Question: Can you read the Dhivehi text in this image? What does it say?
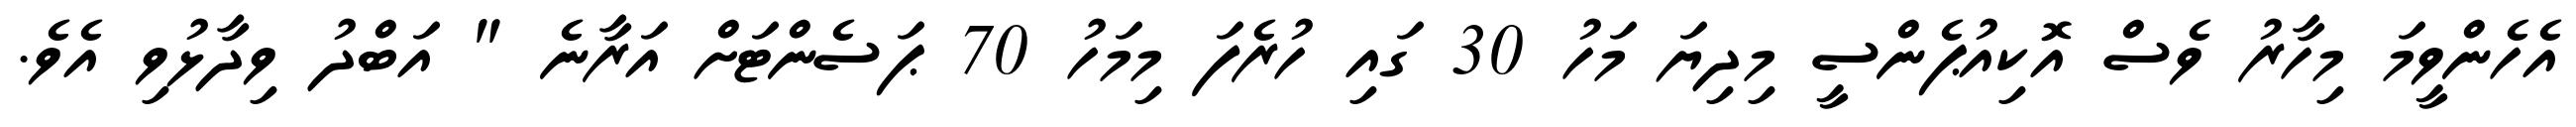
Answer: އެހެންވީމަ މިހާރު ވެސް އޮކިއުޕެންސީ މިދިޔަ މަހު 30 ގައި ހުރެފަ މިމަހު 70 ޕަސެންޓަށް އަރާނެ " އަބްދު ވިދާޅުވި އެވެ.